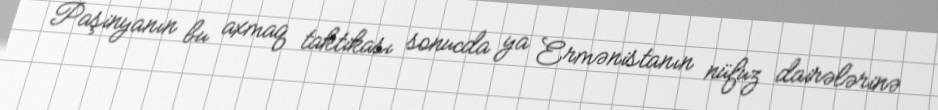
Paşinyanın bu axmaq taktikası sonucda ya Ermənistanın nüfuz dairələrinə